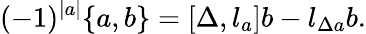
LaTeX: (-1)^{|a|}\{ a,b\} ={[\Delta,l_{a}]}b-l_{\Delta a}b.